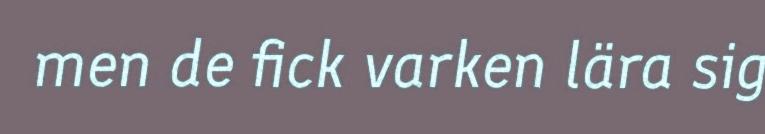
men de fick varken lära sig